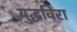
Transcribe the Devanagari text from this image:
युद्धविरा